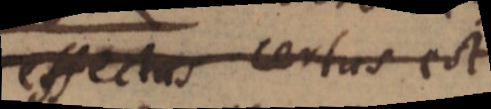
effectus certus est